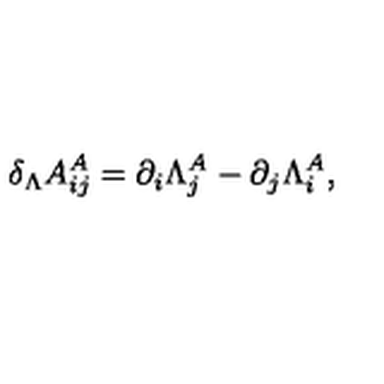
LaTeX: \delta _ { \Lambda } A _ { i j } ^ { A } = \partial _ { i } \Lambda _ { j } ^ { A } - \partial _ { j } \Lambda _ { i } ^ { A } ,